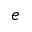
e